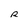
Character: R